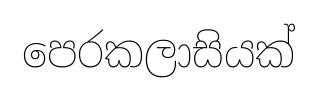
පෙරකලාසියක්